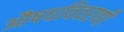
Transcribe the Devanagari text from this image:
औषधविवरणी